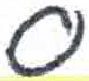
אות: ס